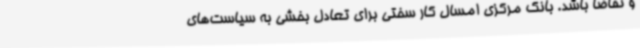
و تقاضا باشد. بانک مرکزی امسال کار سختی برای تعادل بخشی به سیاست‌های